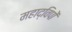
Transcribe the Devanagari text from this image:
महाद्विपों